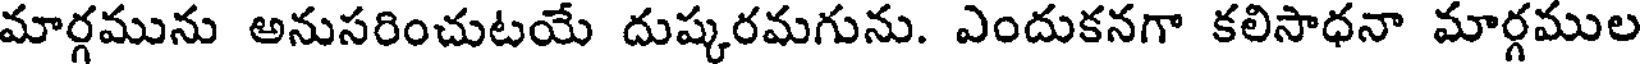
మార్గమును అనుసరించుటయే దుష్కరమగును. ఎందుకనగా కలిసాధనా మార్గముల